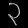
Digit: ၃